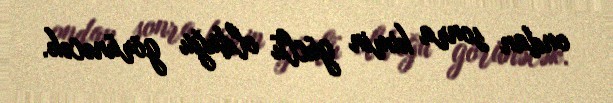
ondan sonra kimin güclü olduğu görünəcək.